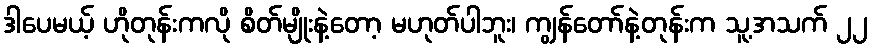
ဒါပေမယ့် ဟိုတုန်းကလို စိတ်မျိုးနဲ့တော့ မဟုတ်ပါဘူး၊ ကျွန်တော်နဲ့တုန်းက သူ့အသက် ၂၂